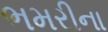
ભમરીના